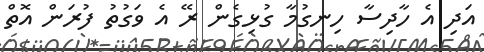
އަދި އެ ހާދިސާ ހިނގުމާ ގުޅިގެން ރޭ އެ ވަގުތު ފުރަން އޮތް